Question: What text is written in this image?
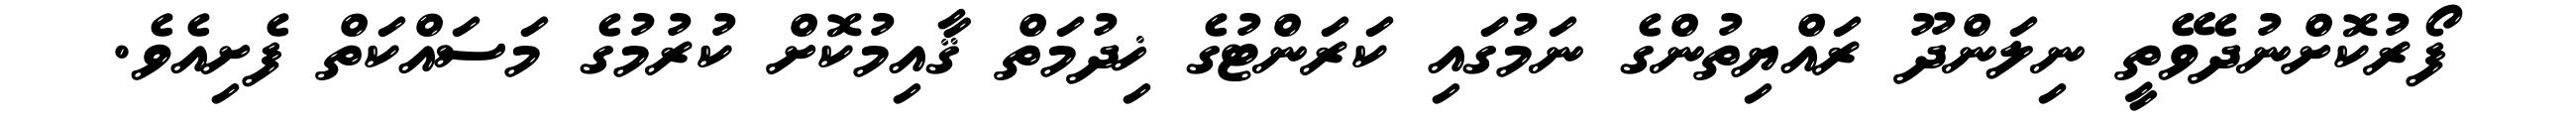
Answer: ފޯރުކޮށްނުދެވޭތީ ނިލަންދޫ ރައްޔިތުންގެ ނަމުގައި ކަރަންޓުގެ ޚިދުމަތް ޤާއިމުކޮށް ކުރުމުގެ މަސައްކަތް ފެށިއެވެ.